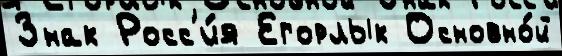
Знак Росс'и́я Егорлык Основно́й